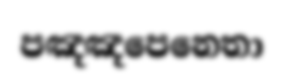
පඤඤපෙනෙතා